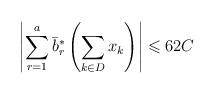
LaTeX: \begin{align*}\left|\sum_{r=1}^a\bar{b}_r^*\left(\sum_{k\in D}x_k\right)\right|\leqslant 62C\end{align*}